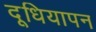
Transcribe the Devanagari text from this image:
दूधियापन